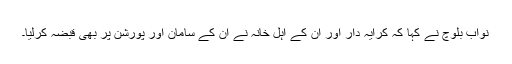
نواب بلوچ نے کہا کہ کرایہ دار اور ان کے اہل خانہ نے ان کے سامان اور پورشن پر بھی قبضہ کرلیا۔